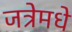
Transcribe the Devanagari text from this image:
जत्रेमधे